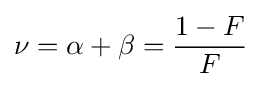
\nu =\alpha +\beta ={\frac {1-F}{F}}